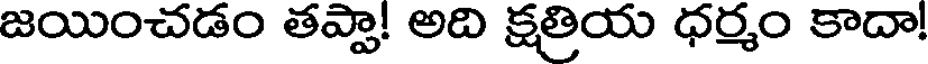
జయించడం తప్పా! అది క్షత్రియ ధర్మం కాదా!